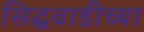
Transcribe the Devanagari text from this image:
सिद्धवाडीच्या